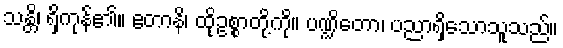
သန္တိ၊ ရှိကုန်၏။ ဧတာနိ၊ ထိုဥစ္စာတို့ကို။ ပဏ္ဍိတော၊ ပညာရှိသောသူသည်။